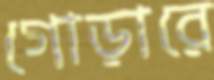
গোড়ারে